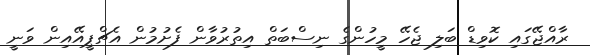
ރާއްޖޭގައި ކޮވިޑް ބަލި ޖެހޭ މީހުންގެ ނިސްބަތް އިތުރުވާން ފެށުމުން އެޗްޕީއޭއިން ވަނީ